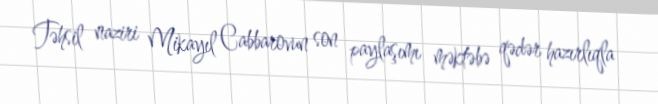
Təhsil naziri Mikayıl Cabbarovun son paylaşımı məktəbə qədər hazırlıqla